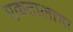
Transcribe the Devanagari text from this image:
एकतालाचा